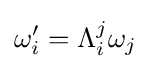
\omega '_{i}=\Lambda _{i}^{j}\omega _{j}